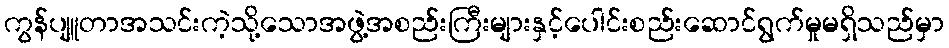
ကွန်ပျူတာအသင်းကဲ့သို့သောအဖွဲ့အစည်းကြီးများနှင့်ပေါင်းစည်းဆောင်ရွက်မှုမရှိသည်မှာ